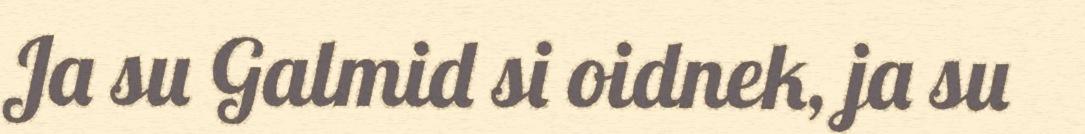
Ja su Galmid si oidnek, ja su